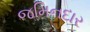
જમિનદાર